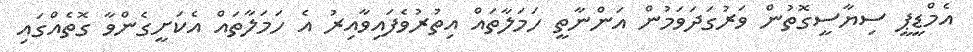
އެމްޑީޕީ ސިޔާސީގޮތުން ވަރުގަދަވަމުން އަންނާތީ ހަމަލާތައް އިތުރުވެފައިވާއިރު އެ ހަމަލާތައް އެކަށީގެންވާ ގޮތެއްގައި